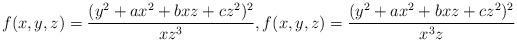
LaTeX: \begin{gather*}f(x,y,z)=\dfrac{(y^2+ax^2+bxz+cz^2)^2}{xz^{3}},f(x,y,z)=\dfrac{(y^2+ax^2+bxz+cz^2)^2}{x^3z}\\\end{gather*}